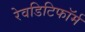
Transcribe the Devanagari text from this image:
रेवडिटिफॉर्म